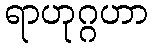
ရာဟုဂ္ဂဟာ